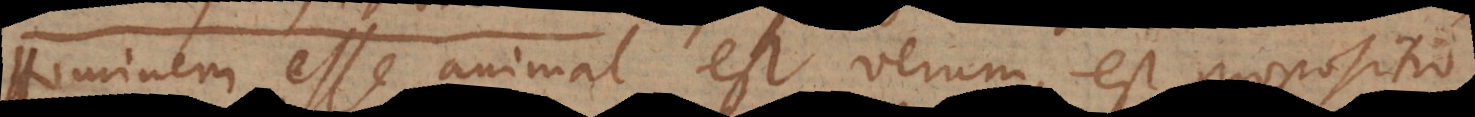
Hominem esse animal est verum, est propositio,